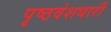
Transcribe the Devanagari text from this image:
पृष्ठवंशधारी